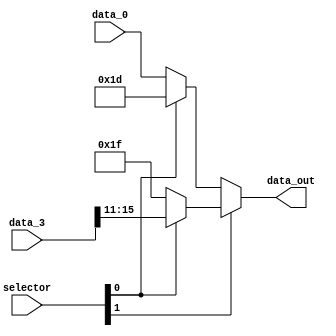
module mux_WR_Registers(

    input  wire [1:0]  selector,
    input  wire [4:0] data_0, //instruction [20..16]
    input  wire [15:0] data_3, //instruction [15..11]
    output wire [4:0] data_out 

);


/* 

data_0 ---|
29 -------|--out1--\
31 -------|         |--data_out-->
data_3 ---|--out2--/

//00

out1 = data_0
out2 = 31
data_out = data_0

//01

out1 = 29
out2 = data_3
data_out = 29

//10

out1 = data_0
out2 = 31
data_out = out2 = 31

/11

out1 = 29
out2 = data_3
data_out = data_3

*/

wire [31:0] out1, out2;
//00 data 0 ok
//01 29 ok
//10 31 ok
//11 data3 ok

assign out1     = (selector[0]) ? 5'd29 : data_0;
assign out2     = (selector[0]) ? data_3[15:11] : 5'd31;
assign data_out = (selector[1]) ? out2 : out1;

endmodule